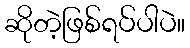
ဆိုတဲ့ဖြစ်ရပ်ပါပဲ။